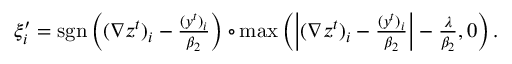
\begin{array} { r } { \xi _ { i } ^ { \prime } = \mathrm { s g n } \left( ( \nabla z ^ { t } ) _ { i } - \frac { ( y ^ { t } ) _ { i } } { \beta _ { 2 } } \right) \circ \operatorname* { m a x } \left( \left| ( \nabla z ^ { t } ) _ { i } - \frac { ( y ^ { t } ) _ { i } } { \beta _ { 2 } } \right| - \frac { \lambda } { \beta _ { 2 } } , 0 \right) . } \end{array}